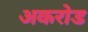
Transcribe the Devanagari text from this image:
अकरोड